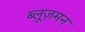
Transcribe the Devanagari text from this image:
ब्लूज़मन